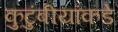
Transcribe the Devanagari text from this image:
कुटुंबीयांकडे